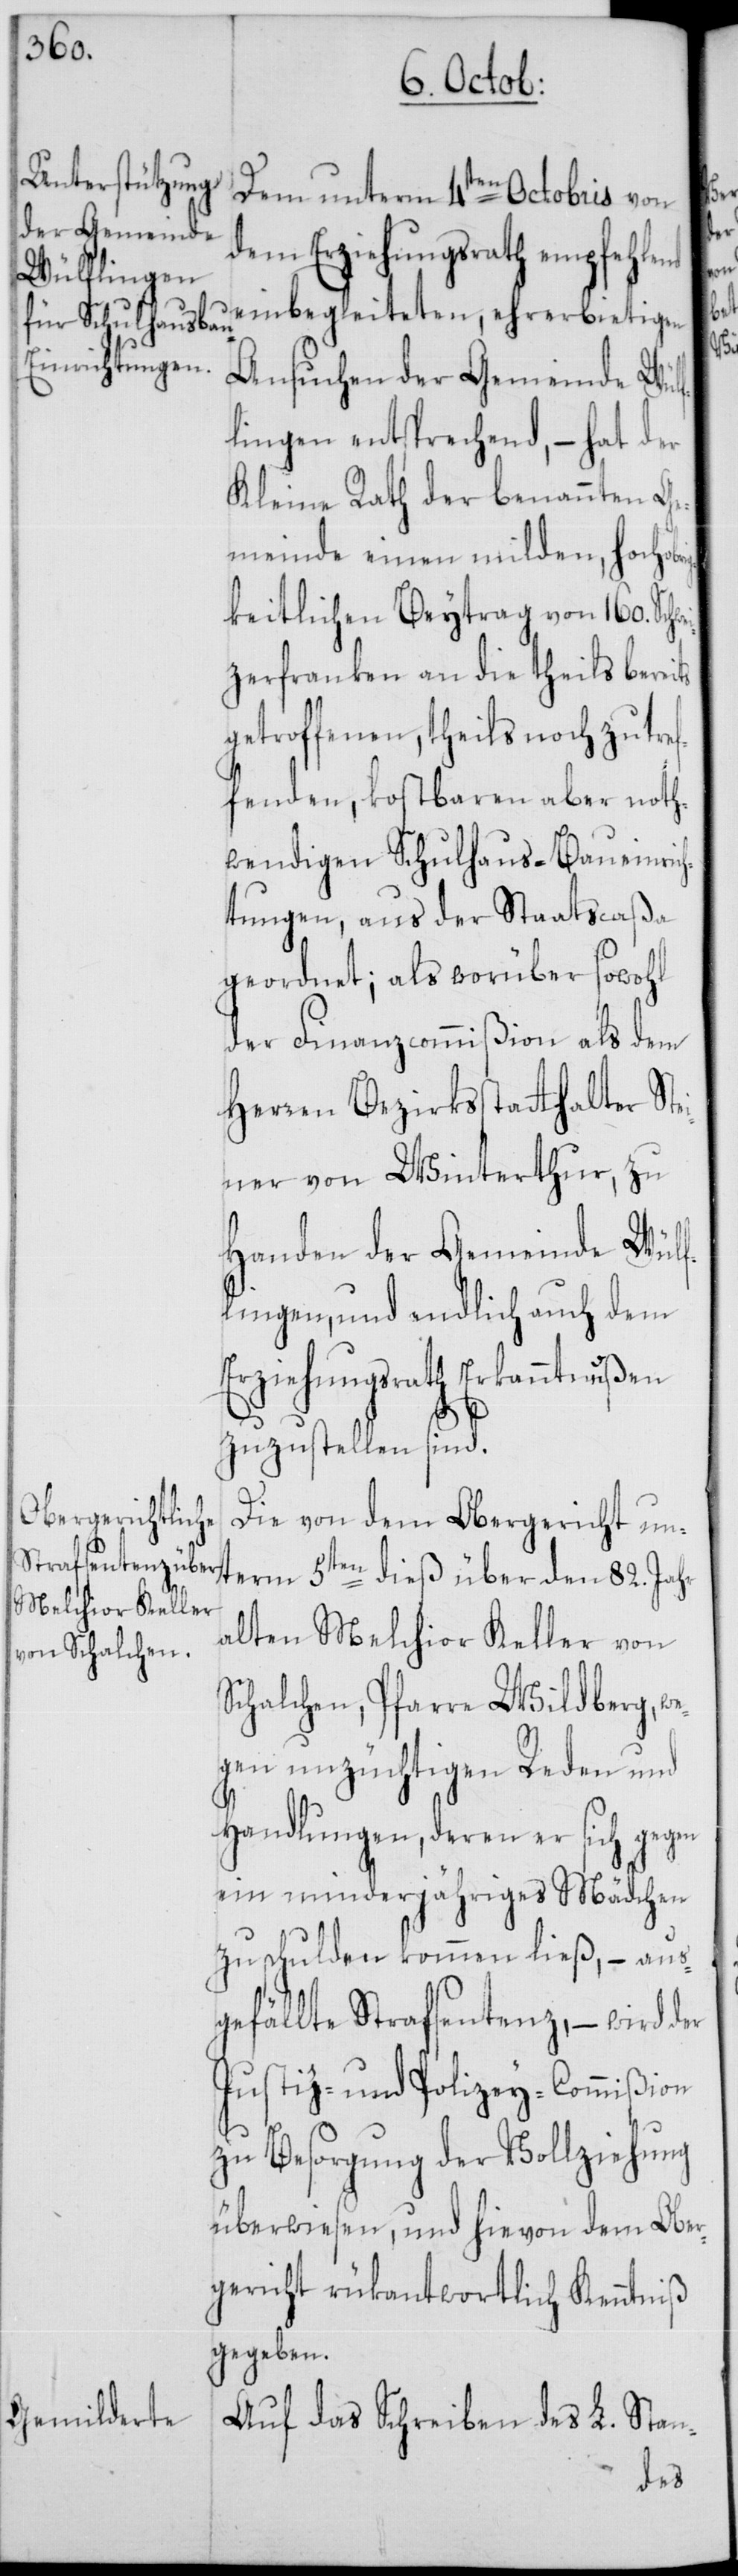
weit¬
Dem unterm 4ten Octobris von
dem Erziehungsrath empfehlend
einbegleiteten, ehrerbietigen
Ansuchen der Gemeinde Wülf¬
lingen entsprechend, – hat der
Kleine Rath der benannten Ge¬
meinde einen milden, hochobr¬
igkeitlichen Beytrag von 160. Sch¬
zerfranken an die theils bereits
getroffenen, theils noch zu tref¬
fenden, kostbaren aber noth¬
wendigen Schulhaus-Baueinrich¬
tungen, aus der Staatscaßa
geordnet; als worüber sowohl
der Finanzcommißion als dem
Herren Bezirksstatthalter Ste¬
iner von Winterthur, zu
Handen der Gemeinde Wülf¬
lingen, und endlich auch dem
Erziehungsrath Erkanntnußen
zuzustellen sind.
Die von dem Obergericht un¬
alten Melchior Keller von
Schalchen, Pfarre Wildberg, we¬
gen unzüchtigen Reden und
Handlungen, deren er sich gegen
ein minderjähriges Mädchen
zuschulden kommen ließ, – aus¬
gefällte Strafsentenz, – wird der
Justiz- und Polizey-Commißion
zu Besorgung der Vollziehung
überwiesen, und hievon dem Ober¬
gericht rükantwortlich Kenntniß
gegeben.
Auf das Schreiben des L. Stan-
term